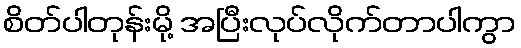
စိတ်ပါတုန်းမို့ အပြီးလုပ်လိုက်တာပါကွာ